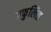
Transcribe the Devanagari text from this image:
प्रफुलित